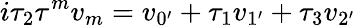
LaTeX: i\tau_{2}\tau^{m}v_{m}=v_{0^{\prime}}+\tau_{1}v_{1^{\prime}}+\tau_{3}v_{2^{\prime}}